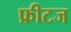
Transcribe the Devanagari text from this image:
फ्रीटज